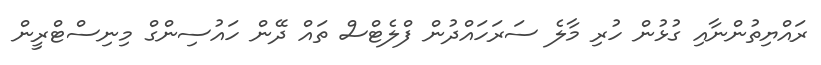
ރައްޔިތުންނާއި ގުޅުން ހުރި މާލެ ސަރަަހައްދުން ފްލެޓްސް ތައް ދޭން ހައުސިންގް މިނިސްޓްރީން